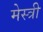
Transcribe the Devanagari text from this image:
मेस्‍त्री